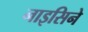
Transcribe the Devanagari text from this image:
नाइसिने